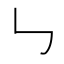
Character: ㇉